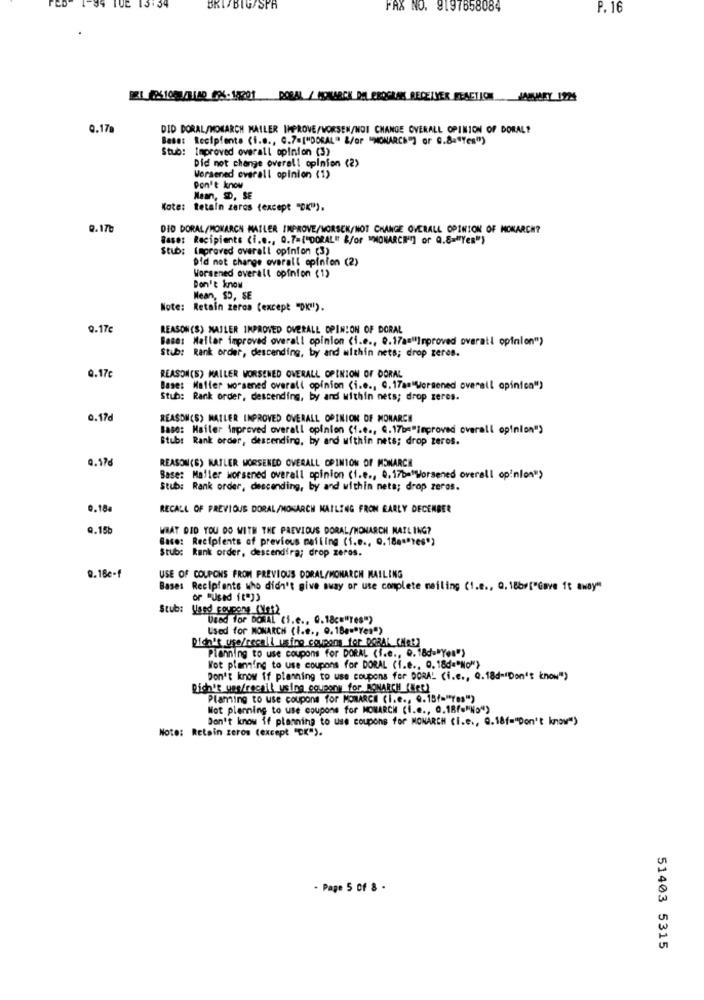
15.04
BRI/BIG/SPA
FAX NO. 9197658084
P. 16
FRE ESICAMBIAR EX-FRO1 PORAL / MONARCH PM PROGRAM RECEIVER REACTION JANUARY 17%
0.17g
DID DORAL/MONARCH MAILER IMPROVE/WORSEN/NOT CHANGE OVERALL OPINION OF DORAL?
Base: Recipiente (i.e ., C.7=["DORAL" &/or "MONARCH"] or C.8="Yes")
Stub: Improved overall opinion (3)
Did not change overall opinion (2)
Worsened overall opinion (1)
Don't know
Mean, SD, SE
Kote: tetain zeros (except "OK").
0.170
DID DORAL/MONARCH MAILER INPROVE/MORSCK/NOT CHANGE OVERALL OPINION OF MONARCH?
Base: Recipients (i.e ., 0.7={"DORAL" &/or "MONARCH"] or Q.8="Yes")
Stub: Improved overall opinion (3)
Did not change overall opinion (2)
Worsened overall opinion (1)
Don't know
Mean, SD, SE
Note: Retain zeroa (except "DK").
9.17e
REASON(S) MAILER IMPROVED OVERALL OPINION OF DORAL
Base: Mailer improved overall opinion (i.e ., 0.17a="Improved overall opinion">
Stub: Rank order, descending, by and within nets; drop zeres.
0.17€
REASON(S) MAILER WORSENED OVERALL OPINION OF DORAL
Base: Matter worsened overall opinion (i.e ., G. 17am"Worsened overall opinion")
Stub: Rank order, descending, by and within nets; drop zeres.
0.17d
REASON(S) MAILER IMPROVED OVERALL OPINION OF MONARCH
Base: Mailer improved overall opinion (i.e ., Q. 17b="improved overall opinion")
Stub: Rank order, descending, by and within nets; drop zeros.
0.176
REASON(G) KATLER WORSENED OVERALL OPINION OF MONARCH
Base: Maller worsened overall opinion (i.e ., 0, 17b="Worsened overall opinion">
Stub: Rank order, descending, by and within nets; drop zeros.
0.18a
RECALL OF PREVIOUS DORAL/MONARCH MAILING FROM EARLY DECEMBER
9.15b
WHAT DID YOU DO WITH THE PREVIOUS DORAL/MONARCH MAILING?
Base: Recipients of previous mailing (1.e ., Q.18games")
Stub: Rank order, descendira; drop zeros.
Q. 18e.f
USE OF COUPONS FROM PREVIOUS DORAL/MONARCH MAILING
Bases Recipients who didn't give away or use complete meiling (1.e ., Q. 18by["Gave ft away"
Stub: Used coupons (Mes)
Used for DORAL (S.c ., Q.18c="Tes")
Used for MONARCH (I.e ., Q. 186="Yes")
Didn't use/recall using coupons for DOBAL KHeR)
Planning to use coupons for DORAL (f.e ., Q.18d="Yes")
Wot planning to use coupons for DORAL (I.e ., Q. 18d="No"}
Don't know if planning to use coupons for DORAL (i.e ., Q.18d="Don't know")
Rich's une/rechil using_coupons for MONARCH (Net)
Plaming to use coupons for MONARCH (I.e ., 9.15/="Yes")
Not planning to use coupons for MONARCH (i.e ., 0.18f="No")
Don't know if planning to use coupons for MONARCH (I.e ., Q.18f="Don't know")
Note: Retain zeros (except "OK").
- Page 5 of 8 -
51403 5315